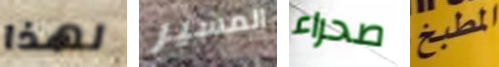
لهذا المسير صحراء المطبخ